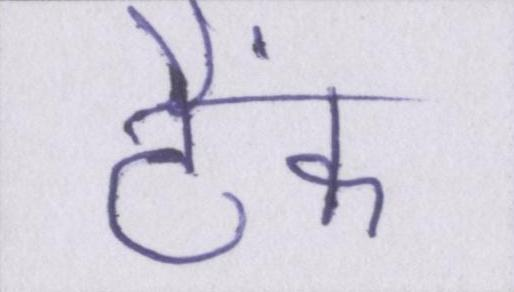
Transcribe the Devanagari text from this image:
टैंक